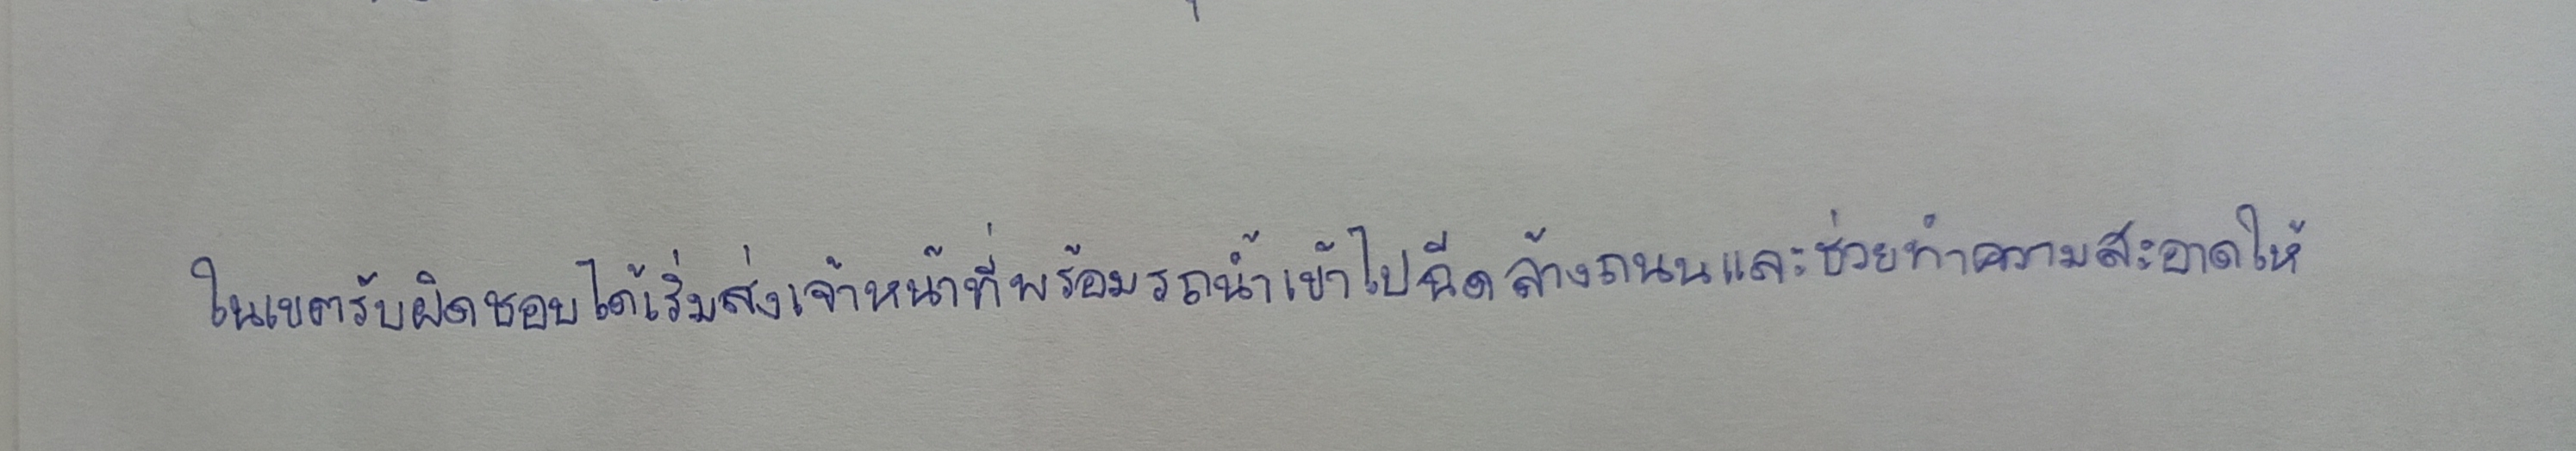
ในเขตรับผิดชอบได้เริ่มส่งเจ้าหน้าที่พร้อมรถน้ำเข้าไปฉีดล้างถนนและช่วยทำความสะอาดให้